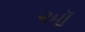
ઑ